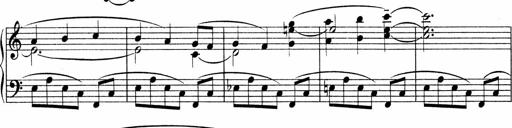
Title: Sonatina No.4
Composer: Abram Kimmell
Key: E minor